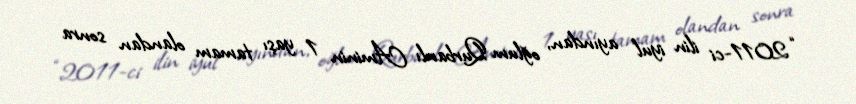
“2011-ci ilin iyul ayından, oğlum Qurbanlı Aminin 1 yaşı tamam olandan sonra